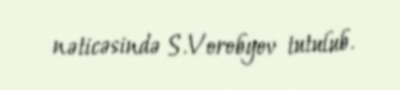
nəticəsində S.Vorobyov tutulub.